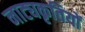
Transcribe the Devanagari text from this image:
नाट्यकृतियों